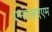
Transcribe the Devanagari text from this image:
एनएसएएम